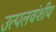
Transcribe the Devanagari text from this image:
उत्पलवंशीय